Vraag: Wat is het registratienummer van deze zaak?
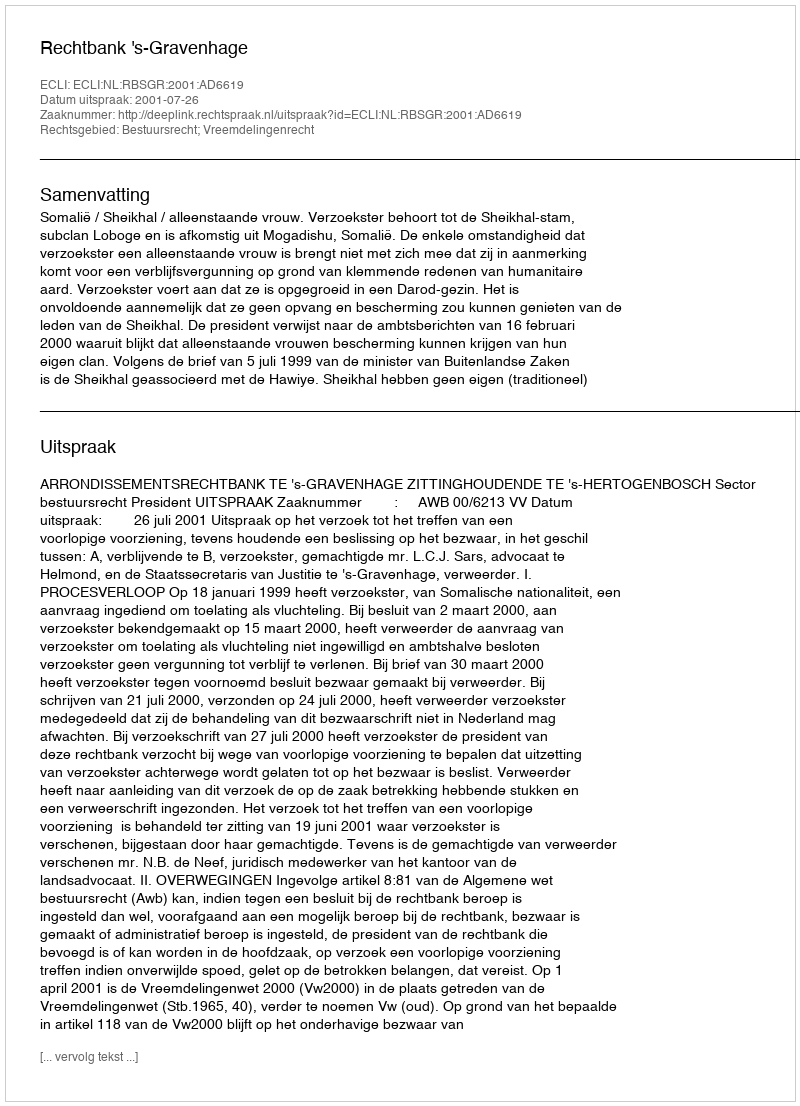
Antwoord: http://deeplink.rechtspraak.nl/uitspraak?id=ECLI:NL:RBSGR:2001:AD6619